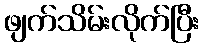
ဖျက်သိမ်းလိုက်ပြီး